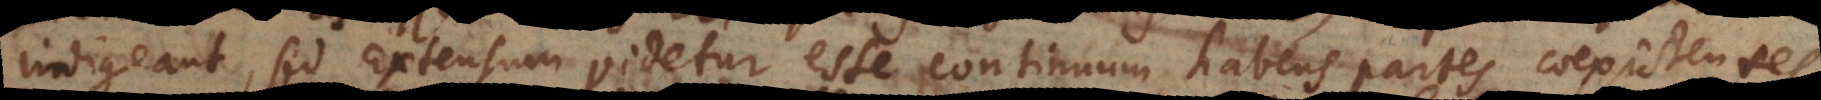
indigeant, sed Extensum videtur esse continuum habens partes coexisten